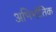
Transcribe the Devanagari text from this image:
अभिभौतिक